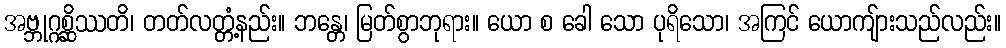
အဗ္ဘုဂ္ဂစ္ဆိဿတိ၊ တတ်လတ္တံ့နည်း။ ဘန္တေ၊ မြတ်စွာဘုရား။ ယော စ ခေါ သော ပုရိသော၊ အကြင် ယောကျ်ားသည်လည်း။